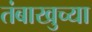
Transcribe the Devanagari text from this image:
तंबाखुच्या